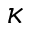
\kappa